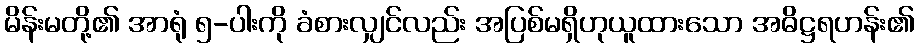
မိန်းမတို့၏ အာရုံ ၅-ပါးကို ခံစားလျှင်လည်း အပြစ်မရှိဟုယူထားသော အဓိဋ္ဌရဟန်း၏